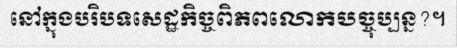
នៅក្នុងបរិបទសេដ្ឋកិច្ចពិភពលោកបច្ចុប្បន្ន?។